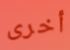
أخرى